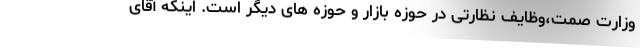
وزارت صمت،‌وظایف نظارتی در حوزه بازار و حوزه های دیگر است. اینکه آقای